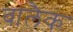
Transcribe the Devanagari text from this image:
वालैक